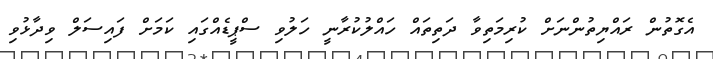
އެގޮތުން ރައްޔިތުންނަށް ކުރިމަތިވާ ދަތިތައް ހައްލުކުރާނީ ހަލުވި ސްޕީޑެއްގައި ކަމަށް ފައިސަލް ވިދާޅުވި